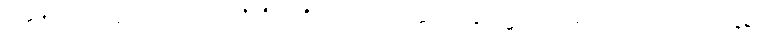
အစရှိသောအကြောင်းတရားတို့ကို။ ပရိဂ္ဂဟေ၊ သိမ်းဆည်းခြင်း၌ လည်းကောင်း။ ဝဝတ္တာပနေစ၊